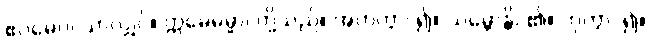
ဧဝမေဝ၊ သာလျှင်။ ဣမေဓမ္မာ၊ တို့သည်။ အဟုတွာ၊ ၍။ သမ္ဘောန္တိ၊ ၏။ ဟုတွာ၊ ၍။